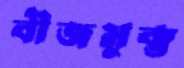
বীজমুক্ত